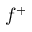
f ^ { + }